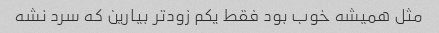
مثل همیشه خوب بود فقط یکم زودتر بیارین که سرد نشه